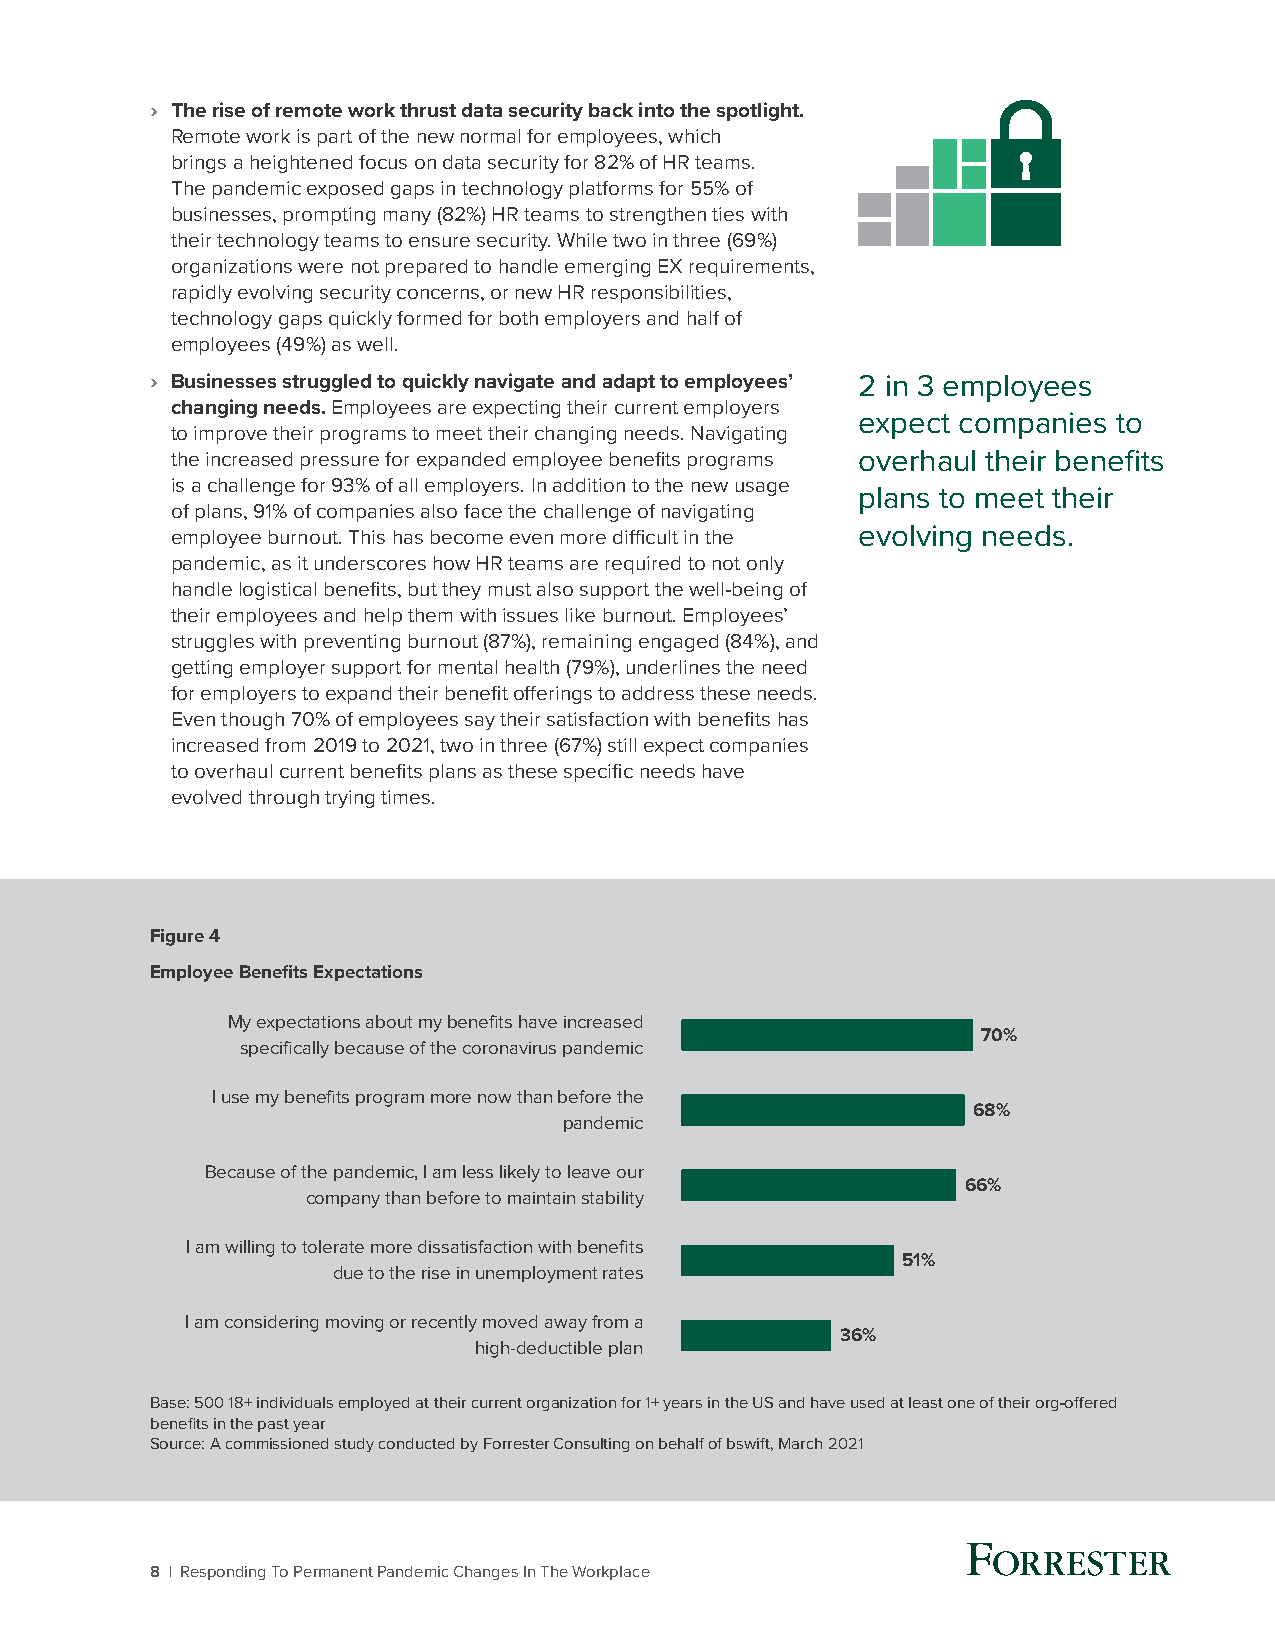
› The rise of remote work thrust data security back into the spotlight.
 Remote work is part of the new normal for employees, which
 brings a heightened focus on data security for 82% of HR teams.
 The pandemic exposed gaps in technology platforms for 55% of
 businesses, prompting many (82%) HR teams to strengthen ties with
 their technology teams to ensure security. While two in three (69%)
 organizations were not prepared to handle emerging EX requirements,
 rapidly evolving security concerns, or new HR responsibilities,
 technology gaps quickly formed for both employers and half of
 employees (49%) as well.
 › Businesses struggled to quickly navigate and adapt to employees’ 2 in 3 employees
 changing needs. Employees are expecting their current employers
 expect companies to
 to improve their programs to meet their changing needs. Navigating
 the increased pressure for expanded employee benefits programs overhaul their benefits
 is a challenge for 93% of all employers. In addition to the new usage
 plans to meet their
 of plans, 91% of companies also face the challenge of navigating
 employee burnout. This has become even more difficult in the evolving needs.
 pandemic, as it underscores how HR teams are required to not only
 handle logistical benefits, but they must also support the well-being of
 their employees and help them with issues like burnout. Employees’
 struggles with preventing burnout (87%), remaining engaged (84%), and
 getting employer support for mental health (79%), underlines the need
 for employers to expand their benefit offerings to address these needs.
 Even though 70% of employees say their satisfaction with benefits has
 increased from 2019 to 2021, two in three (67%) still expect companies
 to overhaul current benefits plans as these specific needs have
 evolved through trying times.
 Figure 4
 Employee Benefits Expectations
 My expectations about my benefits have increased
 70%
 specifically because of the coronavirus pandemic
 I use my benefits program more now than before the
 68%
 pandemic
 Because of the pandemic, I am less likely to leave our
 66%
 company than before to maintain stability
 I am willing to tolerate more dissatisfaction with benefits
 51%
 due to the rise in unemployment rates
 I am considering moving or recently moved away from a
 36%
 high-deductible plan
 Base: 500 18+ individuals employed at their current organization for 1+ years in the US and have used at least one of their org-offered
 benefits in the past year
 Source: A commissioned study conducted by Forrester Consulting on behalf of bswift, March 2021
 8 | Responding To Permanent Pandemic Changes In The Workplace